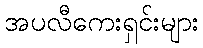
အပလီကေးရှင်းများ